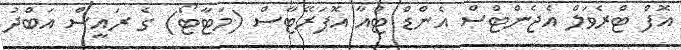
އޮފް ޓްރެވަލް އެޖެންޓްސް އެންޑް ޓުއާ އޮޕަރޭޓާސް (މަޓާޓޯ) ގެ ރައީސް އަބްދު